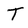
Character: T